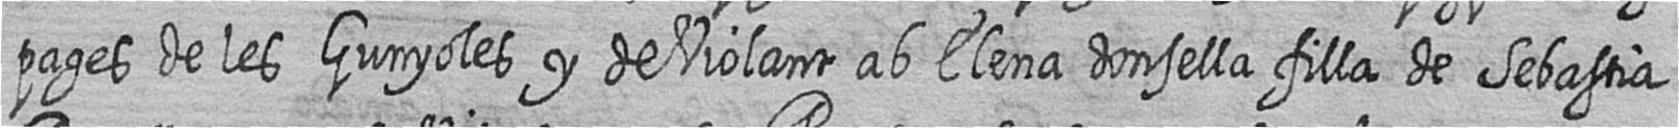
pages de les Gunyoles y de Violant ab Elena donsella filla de Sebastia